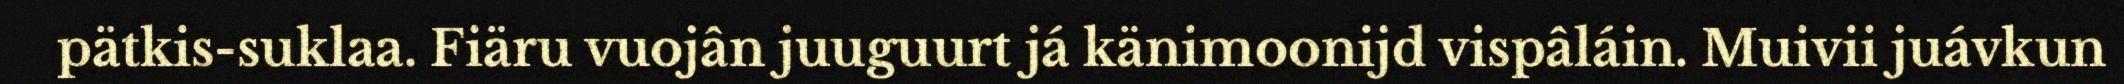
pätkis-suklaa. Fiäru vuojân juuguurt já känimoonijd vispâláin. Muivii juávkun